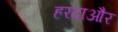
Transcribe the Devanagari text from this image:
हरदाऔर